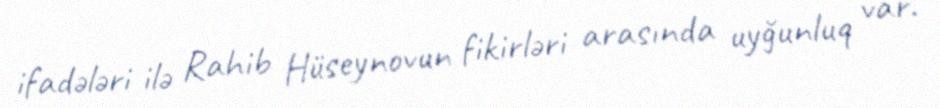
ifadələri ilə Rahib Hüseynovun fikirləri arasında uyğunluq var.